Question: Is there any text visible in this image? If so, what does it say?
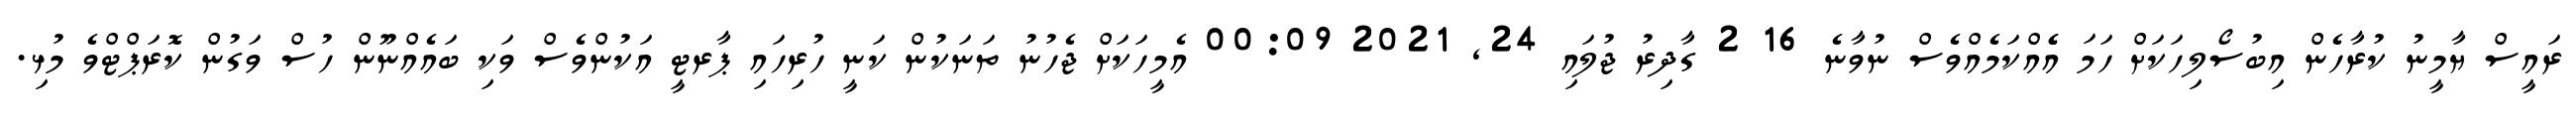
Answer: ރައީސް ޔާމީނު ކުރާހެން އިބުސޯލިހަކަށް ހަމަ އެެއްކަމެއްވެސް ނުވާނެ 16 2 ގާދިރު ޖުލައި 24, 2021 00:09 އެމީހަކަށް ޖެހުނު ތަނަކުން ކަނީ ހުރިހައި ޕާރޓީ އަކުންވެސް ވަކި ބައެއްނޫން ހުސް ވަގުން ކޮރަޕްޓްވެ މުޅި.